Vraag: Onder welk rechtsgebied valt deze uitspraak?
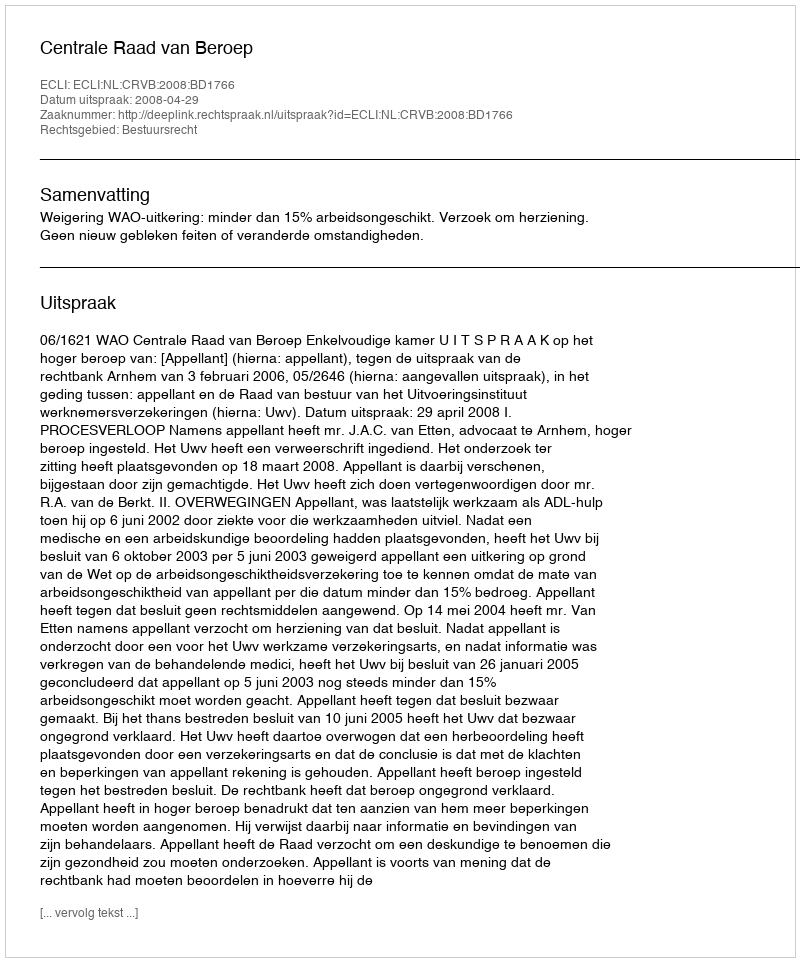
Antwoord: Bestuursrecht